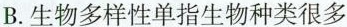
B.生物多样性单指生物种类很多